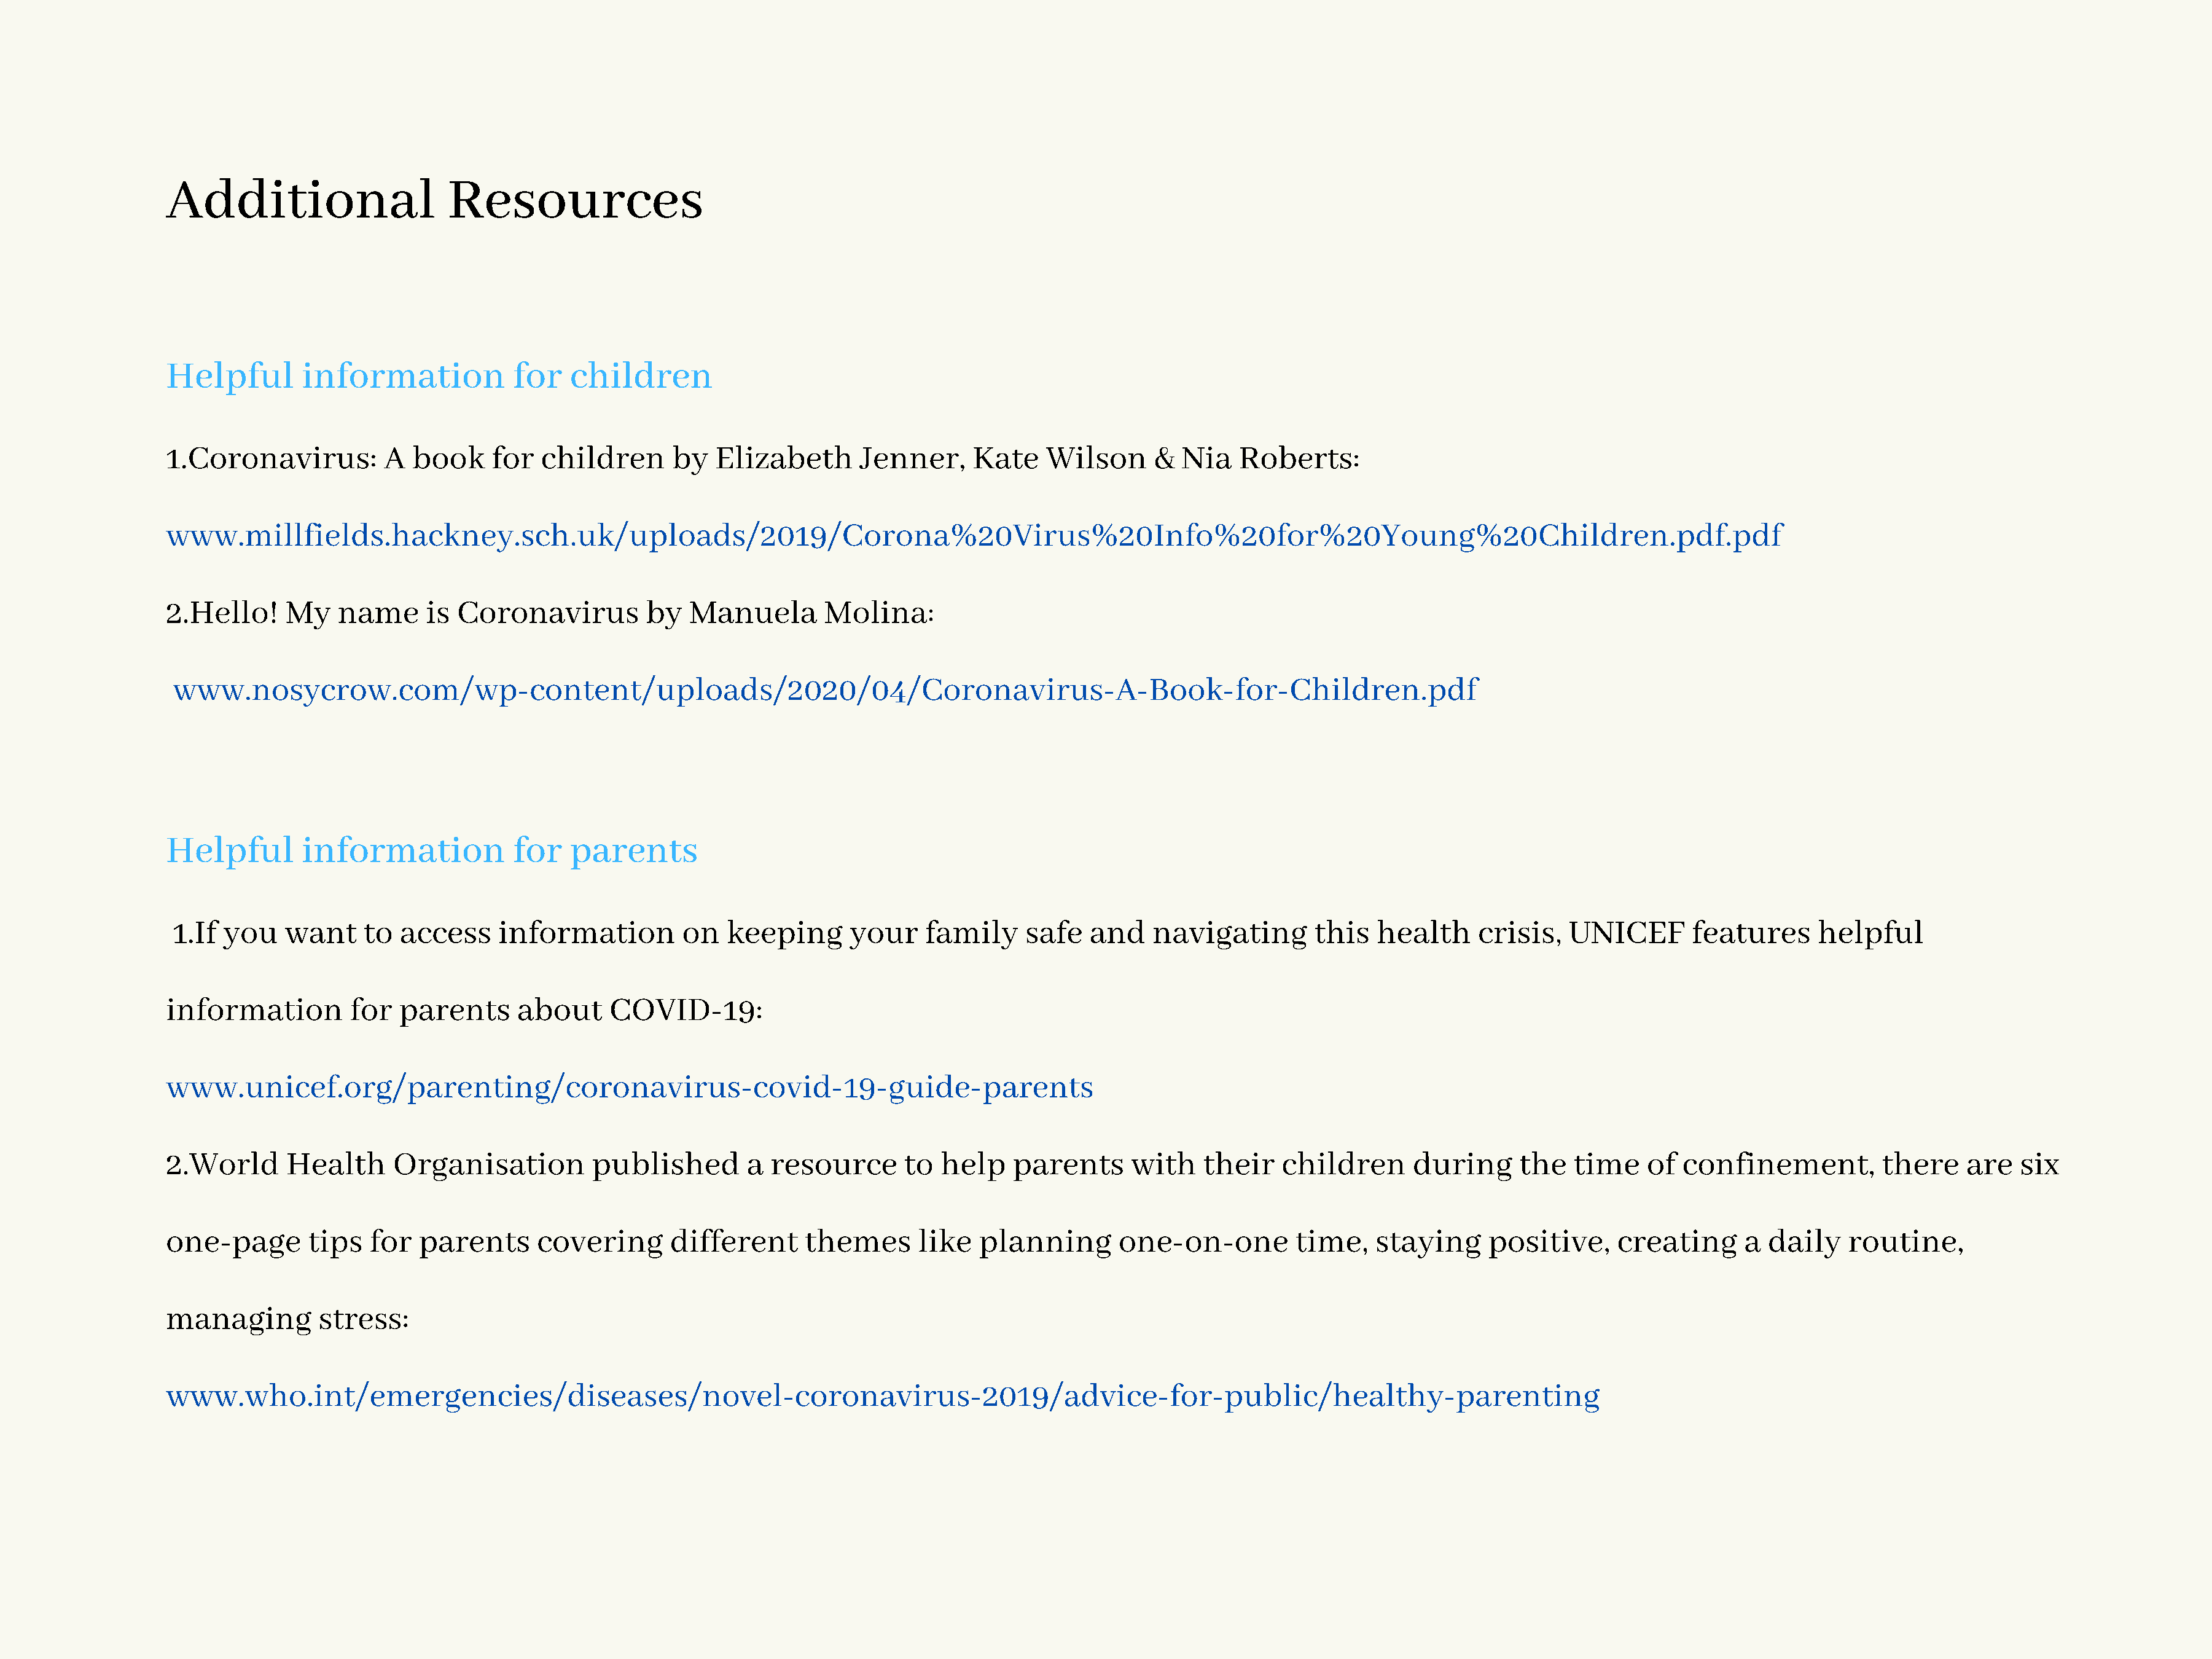
Additional                    Resources
 Helpful        information           for   children
 1.Coronavirus:         A  book     for  children      by   Elizabeth       Jenner,     Kate    Wilson     &  Nia   Roberts:
 www.millfields.hackney.sch.uk/uploads/2019/Corona%20Virus%20Info%20for%20Young%20Children.pdf.pdf
 2.Hello!     My   name      is Coronavirus          by  Manuela        Molina:
 www.nosycrow.com/wp-content/uploads/2020/04/Coronavirus-A-Book-for-Children.pdf
 Helpful        information           for   parents
 1.If you    want    to  access     information        on   keeping       your    family    safe   and    navigating        this  health     crisis,   UNICEF       features      helpful
 information         for  parents      about     COVID-19:
 www.unicef.org/parenting/coronavirus-covid-19-guide-parents
 2.World      Health     Organisation          published       a  resource      to  help    parents      with    their   children      during      the   time   of  confinement,          there    are   six
 one-page       tips   for  parents      covering      different      themes      like  planning        one-on-one         time,   staying     positive,     creating      a daily    routine,
 managing        stress:
 www.who.int/emergencies/diseases/novel-coronavirus-2019/advice-for-public/healthy-parenting